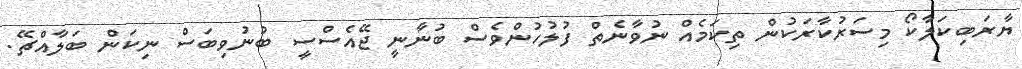
ޔާރަބިކަލާކޯ މިސަރުކާރަކުން ތިކަމެއް ނުވާނެތް ފުލުހުންވެސް ބުނާނީ ޖޭއެސްސީ ބުނުވިބަސް ނިކަން ބަލާއްޗޭ.